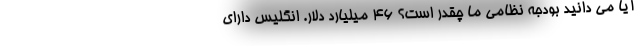
آیا می دانید بودجه نظامی ما چقدر است؟ ۴۶ میلیارد دلار. انگلیس دارای